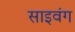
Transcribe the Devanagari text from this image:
साइवंग